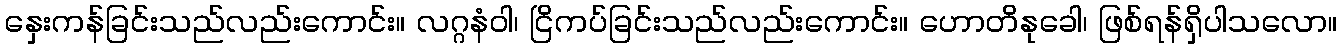
နှေးကန်ခြင်းသည်လည်းကောင်း။ လဂ္ဂနံဝါ၊ ငြိကပ်ခြင်းသည်လည်းကောင်း။ ဟောတိနုခေါ၊ ဖြစ်ရန်ရှိပါသလော။